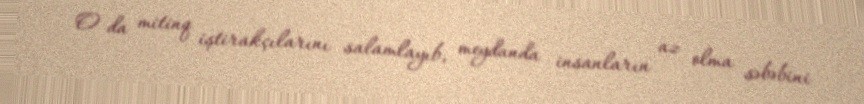
O da mitinq iştirakçılarını salamlayıb, meydanda insanların az olma səbəbini